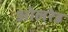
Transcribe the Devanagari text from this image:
ओलरेड